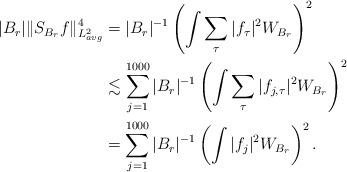
LaTeX: \begin{align*} |B_r|\|S_{B_r}f\|_{L^2_{avg}}^4&= |B_r|^{-1}\left(\int\sum_{\tau}|f_\tau|^2 W_{B_r}\right)^2\\ &\lesssim \sum_{j=1}^{1000}|B_r|^{-1}\left(\int\sum_{\tau}|f_{j,\tau}|^2 W_{B_r}\right)^2 \\ &=\sum_{j=1}^{1000}|B_r|^{-1}\left(\int|f_{j}|^2 W_{B_r}\right)^2 . \end{align*}